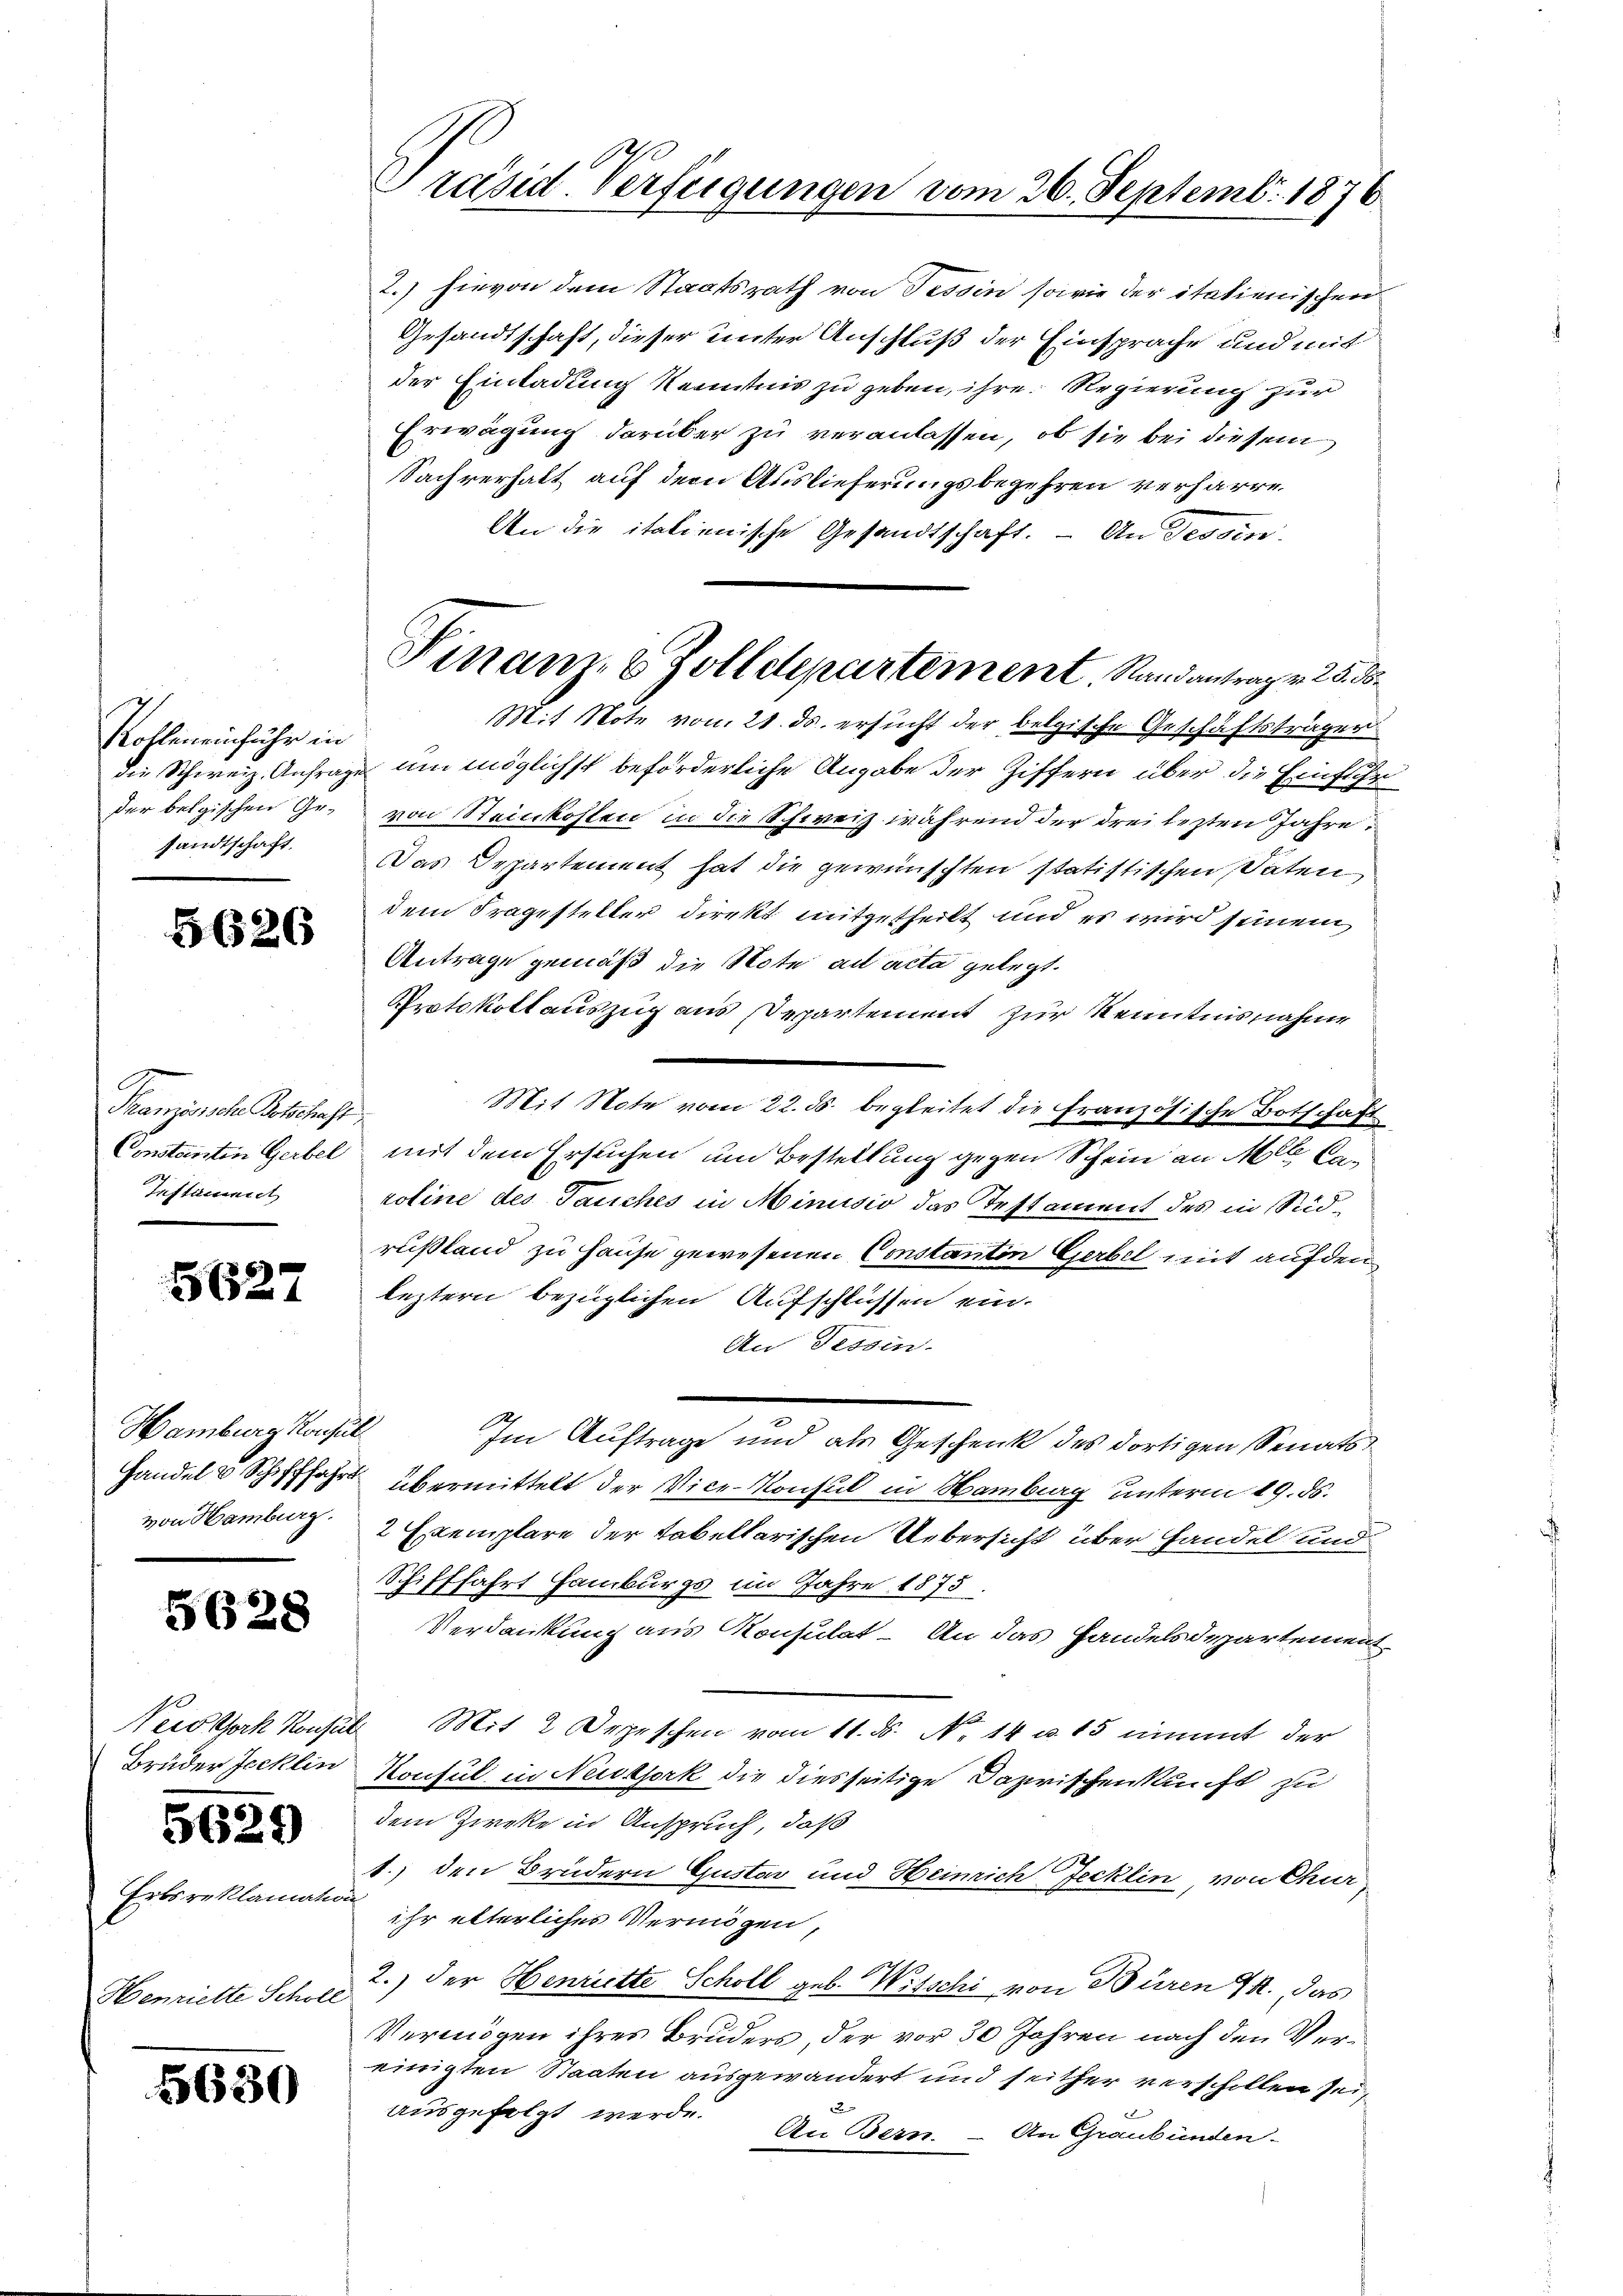
Kohleneinfuhr in
sandtschaft.

Französische Botschaft
Testament

5627

Hamburg Konsult

5628

5629

Erbsreklamation
Henriette Scholl

5630

der Einladung Kenntnis zu geben, ihre Regierung zur
Erwägung darüber zu veranlassen, ob sie bei diesem
Sachverhalt auf dem Auslieferungsbegehren verharre.
An die italienische Gesandtschaft. – An Tessin
Mit Note vom 21. ds. ersucht der belgische Geschäftsträger
die Schweiz. Anfrage um möglichst beförderliche Angabe der Ziffern über die Einführ
der belgischen Ge- von Steinkohlen in die Schweiz während der drei lezten Jahre
Das Departement hat die gewünschten statistischen Paten
dem Fragesteller direkt mitgetheilt und es wird seinem
 Antrage gemäß die Note ad acta gelegt.
Protokollauszug aus Departement zur Kenntnisnahme
Mit Note vom 22. ds. begleitet die Französische Botschaft
Constanten Gerbel mit dem Ersuchen um Bestellung gegen Schein an Mlle Caroline des Tauches in Minusio das Testament des in Seidrußland zu Hause gewesenen Constantin Gerbel mit auf den
leztern bezüglichen Aufschlüssen ein.
An Tessin.
Im Auftrage und als Geschenk des dortigen Senats¬
Handel & Schifffahrt übermittelt der Vice-Konsul in Hamburg unterm 19. ds.
von Hamburg. 2 Exemplare der tabellarischen Uebersicht über handel und
Schifffahrt Hamburgs im Jahre 1875.
Verdankung aus Konsulat. An das Handelsdepartement
Vecostark Konsul Mit 2 Depeschen vom 11. N. N. 14 u. 15 nimmt der
Bruder Jecklin Konsul in Neutjork die diesseitige Dazwischenkunft zu
dem Zwecke in Anspruch, daß
1.) den Brüdern Gustav und Heinrich Jecklin, von Chur
ihr elterliches Vermögen,
2.) Der Henriette Scholl geb. Witschi von Büren J. das
Vermögen ihres Bruders, der vor 30 Jahren nach den Vereinigten Staaten ausgewandert und seither verschollen sei,
ausgefolgt werde. An Bern. – An Graubünden-

Präsid. Verfügungen vom 26. Septemb. 1876

2.) hievon dem Staatsrath von Tessin sowie der italienischen
Gesandtschaft, dieser unter Anschluß der Einsprache und mit

Finanz- 8 Zolldepartement. Randantrag v. 25. ds.